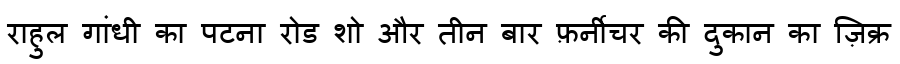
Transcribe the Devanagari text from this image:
राहुल गांधी का पटना रोड शो और तीन बार फ़र्नीचर की दुकान का ज़िक्र